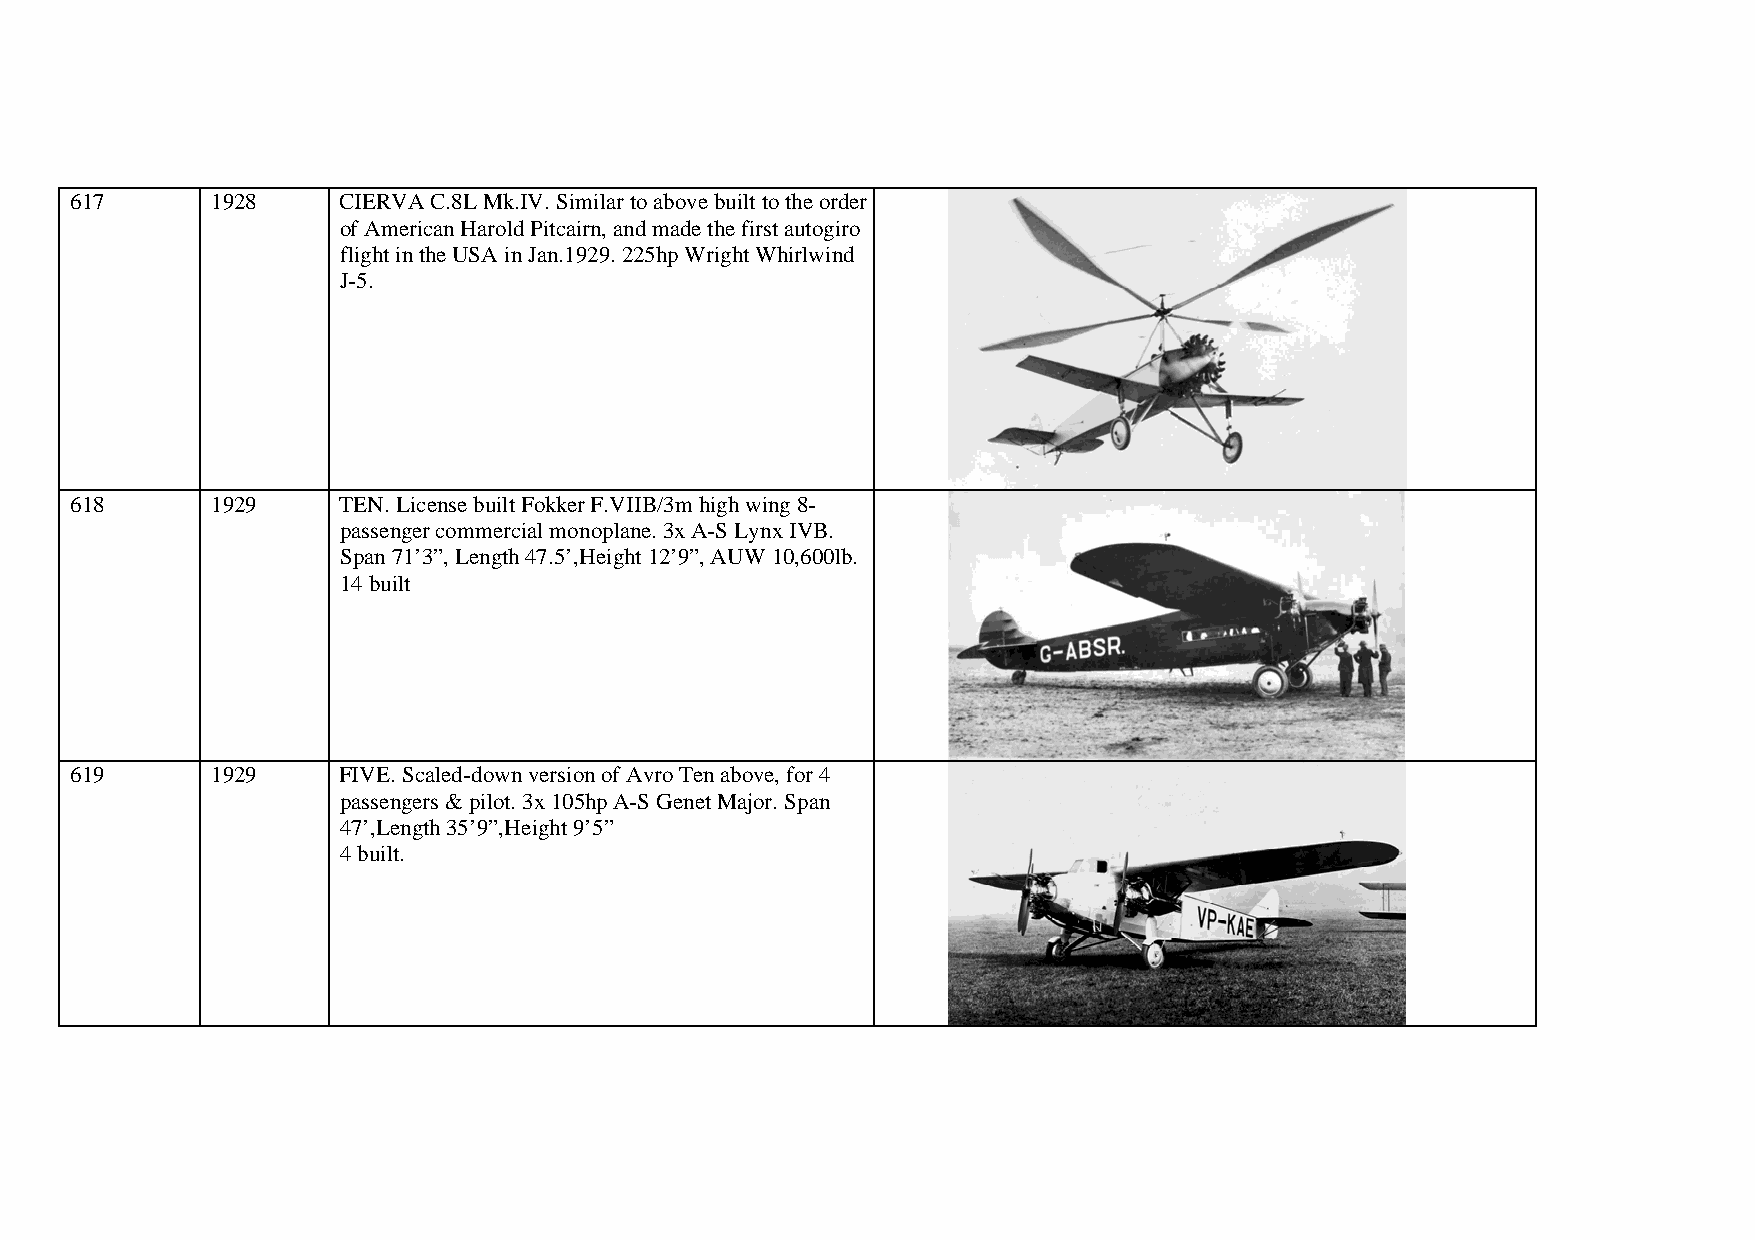
617      1928    CIERVA C.8L Mk.IV. Similar to above built to the order
 of American Harold Pitcairn, and made the first autogiro
 flight in the USA in Jan.1929. 225hp Wright Whirlwind
 J-5.
 618      1929    TEN. License built Fokker F.VIIB/3m high wing 8-
 passenger commercial monoplane. 3x A-S Lynx IVB.
 Span 71’3”, Length 47.5’,Height 12’9”, AUW 10,600lb.
 14 built
 619      1929    FIVE. Scaled-down version of Avro Ten above, for 4
 passengers & pilot. 3x 105hp A-S Genet Major. Span
 47’,Length 35’9”,Height 9’5”
 4 built.